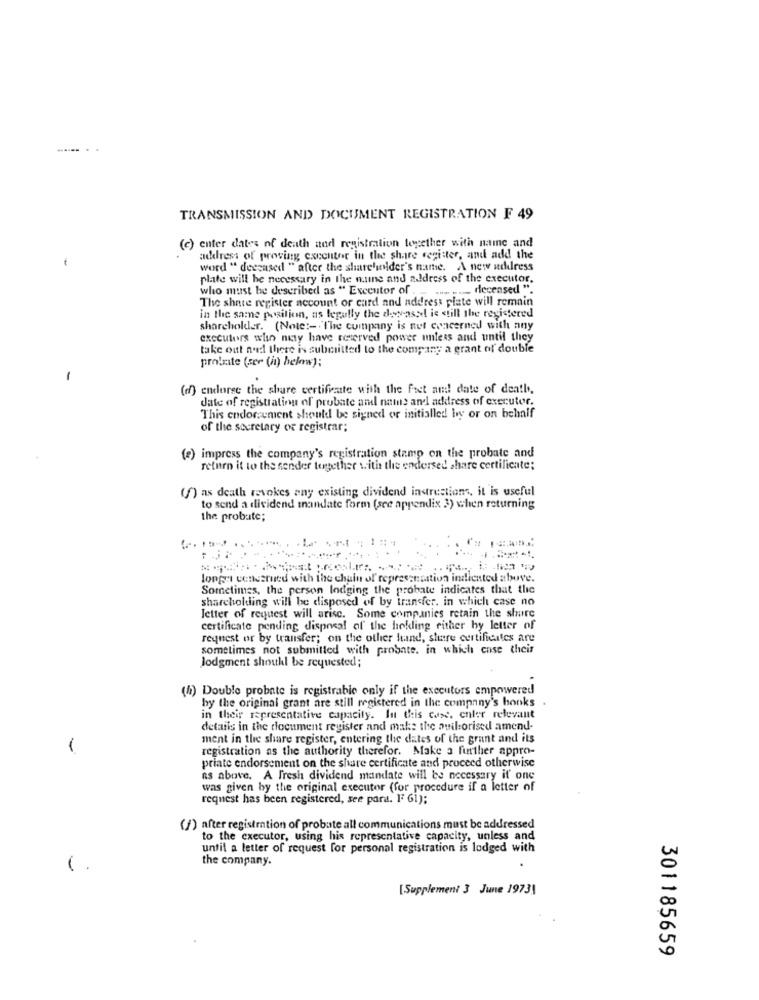
TRANSMISSION AND DOCUMENT REGISTRATION F 49
(c) enter dates of death and registration together with name and
-
address of proving executor in the share register, and add the
word " deceased " after the shareholder's name. A new address
plate will be necessary in the nune and address of the executor.
who must be described as " Exceutor of .
.----- deceased ".
The share register account or card and address plate will remain
in the same position, as legally the degrasse is still the registered
shareholder. (Note :- The company is nut concerned with any
executors who nuty have reserved power unless and until they
take out nud there is submitted to the company a grant of double
protrate (ser (h) below);
-
(df) endorse the share certificate with the feet and! date of death,
date of registration of probate and name and address of executor.
This endorsement should be signed or initialled by or on behalf
of the secretary of registrar;
(e) impress the company's registration stamp on the probate and
return it to the sender together with the endersed share certificate;
(f) as death revokes any existing dividend instructions, it is useful
to send a dividend mandate form (see appendix 3) when returning
the probute;
longet concerned with the chain of representation indicated above.
Sometimes, the person lodging the probate indicates that the
shareholding will be disposed of by transfer. in which case no
Jetter of request will arise. Some companies retain the shure
certificate pending disposal of the hickling either hy letter of
request or by transfer; on the other hand, sture certificates are
sometimes not submitted with probate. in which case their
Jodgment shoutkl be requested;
(4) Double probate is registrable only if the executors empowered
by the original grant are still registered in the company's honks .
in their representative capacity. In this case, chler relevant
details in the document register and make the ouilorised amend-
ment in the share register, entering the dates of the grant and its
registration as the authority therefor. Make a further appro-
priate endorsement on the share certificate and proceed otherwise
as above. A Fresh dividend mandate will be necessary if one
was given by the original executor (for procedure if a letter of
request has been registered, see para. FF 61);
(/) after registration of probate all communications must be addressed
to the executor, using his representative capacity, unless and
until a letter of request for personal registration is lodged with
the company.
[Supplement 3 June 19731
301185659